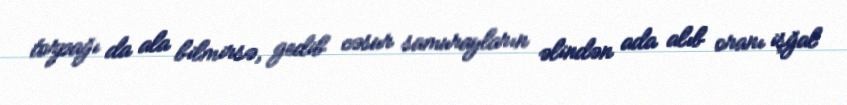
torpağı da ala bilmirsə, gedib cəsur samurayların əlindən ada alıb oranı işğal